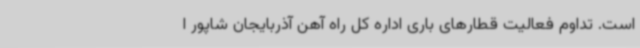
است. تداوم فعالیت قطارهای باری اداره کل راه آهن آذربایجان شاپور ا